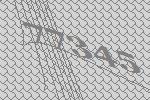
77345